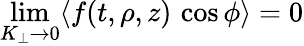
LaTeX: \operatorname*{lim}_{K_{\perp}\to 0}\langle f(t,\rho,z)\, \cos\phi\rangle=0